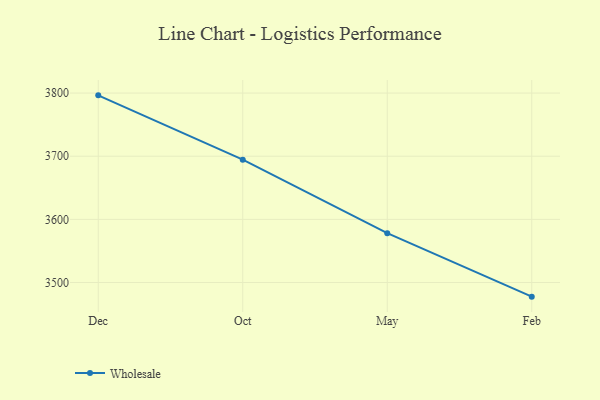
{"axis": {"x": "Month", "y": "Active Users"}, "legend": ["Wholesale"], "data": [{"x": "Dec", "y": 3796.4, "type": "Wholesale"}, {"x": "Oct", "y": 3694.5, "type": "Wholesale"}, {"x": "May", "y": 3578.2, "type": "Wholesale"}, {"x": "Feb", "y": 3477.6, "type": "Wholesale"}]}